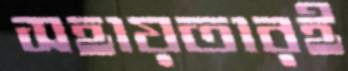
সহায়তারই